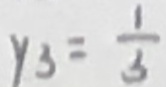
y _ { 3 } = \frac { 1 } { 3 }